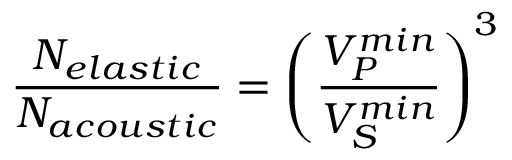
\frac { N _ { e l a s t i c } } { N _ { a c o u s t i c } } = \left( \frac { V _ { P } ^ { m i n } } { V _ { S } ^ { m i n } } \right) ^ { 3 }